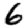
Digit: 6